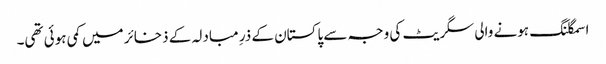
اسمگلنگ ہونے والی سگریٹ کی وجہ سے پاکستان کے ذرِ مبادلہ کے ذخائر میں کمی ہوئی تھی۔